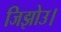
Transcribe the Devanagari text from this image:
जिझोउ।